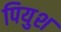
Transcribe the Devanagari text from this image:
पियुश